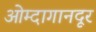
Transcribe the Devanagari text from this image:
ओम्दागानदूर